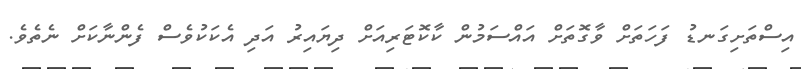
އިސްތަށިގަނޑު ފަހަތަށް ވާގޮތަށް އައްސަމުން ކާކޮޓަރިއަށް ދިޔައިރު އަދި އެކަކުވެސް ފެންނާކަށް ނެތެވެ.